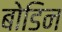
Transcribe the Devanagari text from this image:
बोडिन